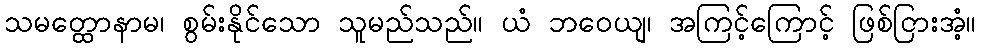
သမတ္ထောနာမ၊ စွမ်းနိုင်သော သူမည်သည်။ ယံ ဘဝေယျ၊ အကြင့်ကြောင့် ဖြစ်ငြားအံ့။